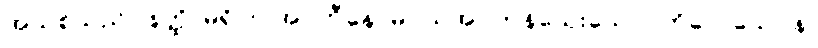
အသစ်သည်။ နတ္ထိ၊ မရှိပါ။ အပ္ပဟီနေ၊ မပယ်အပ်ကုန်သေးသော။ ကိလေသေပန၊